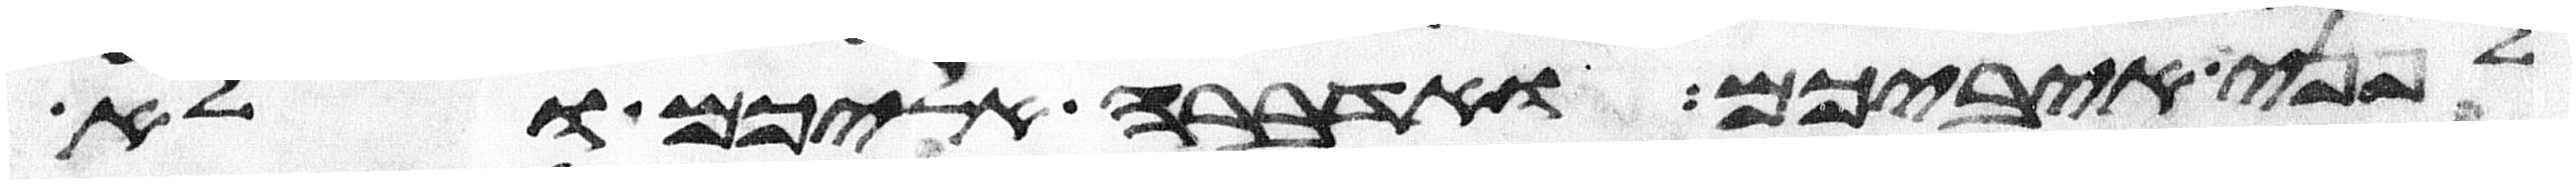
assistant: לפני איביכם ואדברה אליכם ולא